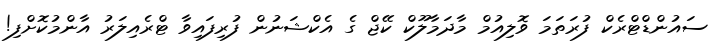
ސައުންޑްޓްރެކް ފުރަތަމަ ވޮލިއުމް މާދަމާލޫކް ކޭޖް ގެ އެކްޝަނުން ފުރިފައިވާ ޓްރެއިލަރު އާންމުކޮށްފި!